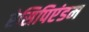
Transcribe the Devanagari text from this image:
रेसिपिएंडम